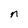
Character: n